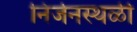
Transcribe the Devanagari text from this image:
निर्जनस्थळी